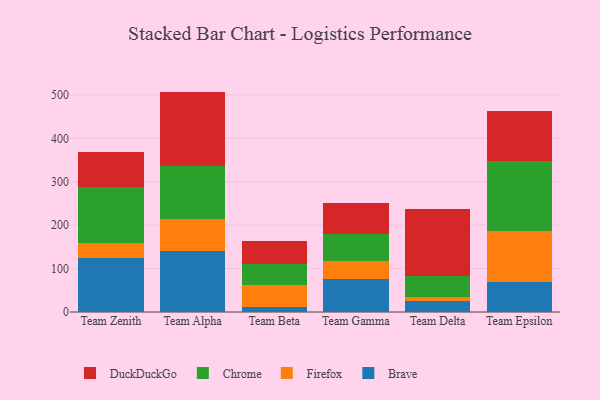
{"axis": {"x": "Team", "y": "Humidity (%)"}, "legend": ["Brave", "Chrome", "DuckDuckGo", "Firefox"], "data": [{"x": "Team Zenith", "y": 124.8, "type": "Brave"}, {"x": "Team Zenith", "y": 33.5, "type": "Firefox"}, {"x": "Team Zenith", "y": 129.8, "type": "Chrome"}, {"x": "Team Zenith", "y": 80.4, "type": "DuckDuckGo"}, {"x": "Team Alpha", "y": 141.0, "type": "Brave"}, {"x": "Team Alpha", "y": 72.5, "type": "Firefox"}, {"x": "Team Alpha", "y": 122.1, "type": "Chrome"}, {"x": "Team Alpha", "y": 172.1, "type": "DuckDuckGo"}, {"x": "Team Beta", "y": 10.8, "type": "Brave"}, {"x": "Team Beta", "y": 51.9, "type": "Firefox"}, {"x": "Team Beta", "y": 47.7, "type": "Chrome"}, {"x": "Team Beta", "y": 54.1, "type": "DuckDuckGo"}, {"x": "Team Gamma", "y": 75.9, "type": "Brave"}, {"x": "Team Gamma", "y": 41.9, "type": "Firefox"}, {"x": "Team Gamma", "y": 63.0, "type": "Chrome"}, {"x": "Team Gamma", "y": 70.5, "type": "DuckDuckGo"}, {"x": "Team Delta", "y": 25.6, "type": "Brave"}, {"x": "Team Delta", "y": 9.2, "type": "Firefox"}, {"x": "Team Delta", "y": 48.4, "type": "Chrome"}, {"x": "Team Delta", "y": 153.1, "type": "DuckDuckGo"}, {"x": "Team Epsilon", "y": 69.1, "type": "Brave"}, {"x": "Team Epsilon", "y": 117.2, "type": "Firefox"}, {"x": "Team Epsilon", "y": 160.8, "type": "Chrome"}, {"x": "Team Epsilon", "y": 115.0, "type": "DuckDuckGo"}]}